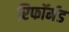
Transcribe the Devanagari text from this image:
रिफॉर्मड